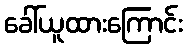
ခေါ်ယူထားကြောင်း